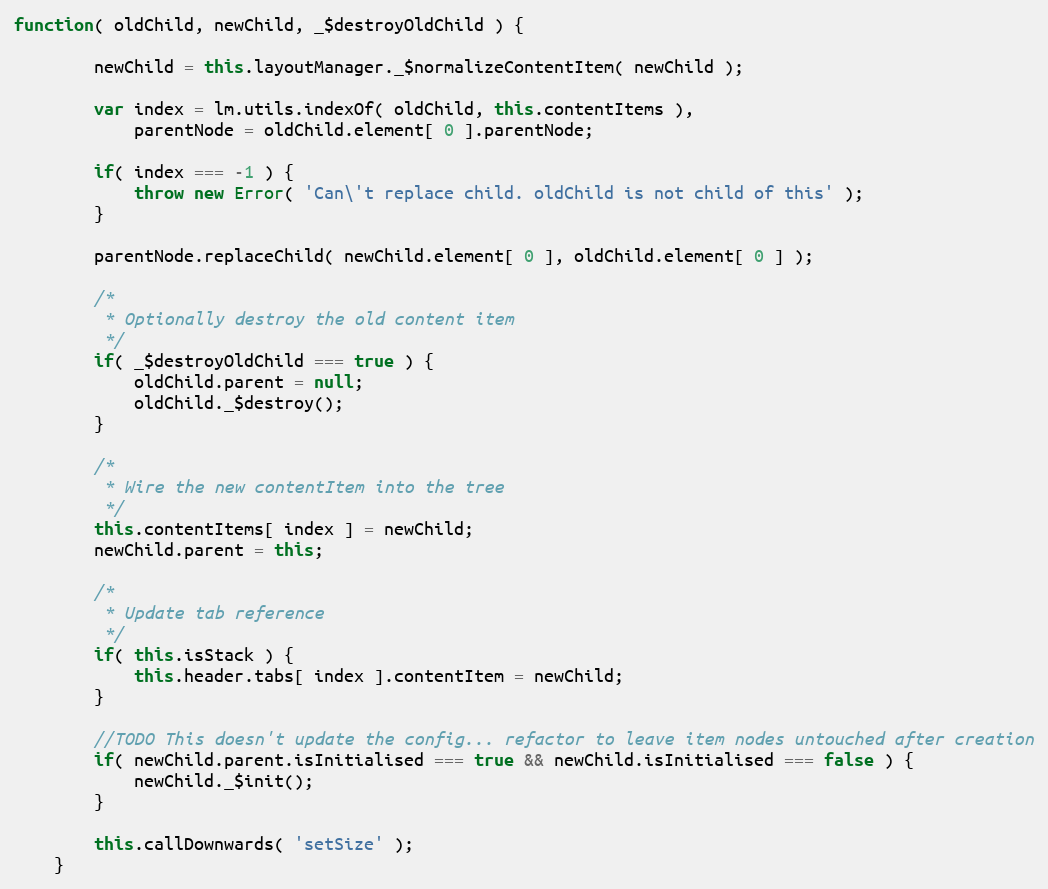
Language: JavaScript
function( oldChild, newChild, _$destroyOldChild ) {

		newChild = this.layoutManager._$normalizeContentItem( newChild );

		var index = lm.utils.indexOf( oldChild, this.contentItems ),
			parentNode = oldChild.element[ 0 ].parentNode;

		if( index === -1 ) {
			throw new Error( 'Can\'t replace child. oldChild is not child of this' );
		}

		parentNode.replaceChild( newChild.element[ 0 ], oldChild.element[ 0 ] );

		/*
		 * Optionally destroy the old content item
		 */
		if( _$destroyOldChild === true ) {
			oldChild.parent = null;
			oldChild._$destroy();
		}

		/*
		 * Wire the new contentItem into the tree
		 */
		this.contentItems[ index ] = newChild;
		newChild.parent = this;

		/*
		 * Update tab reference
		 */
		if( this.isStack ) {
			this.header.tabs[ index ].contentItem = newChild;
		}

		//TODO This doesn't update the config... refactor to leave item nodes untouched after creation
		if( newChild.parent.isInitialised === true && newChild.isInitialised === false ) {
			newChild._$init();
		}

		this.callDownwards( 'setSize' );
	}